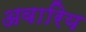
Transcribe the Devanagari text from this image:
अवारिय